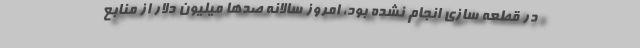
در قطعه سازی انجام نشده بود، امروز سالانه صدها میلیون دلار از منابع